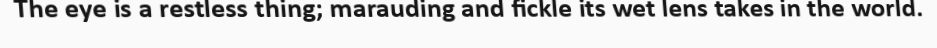
The eye is a restless thing; marauding and fickle its wet lens takes in the world.